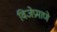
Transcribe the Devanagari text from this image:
विजेप्रमाणे